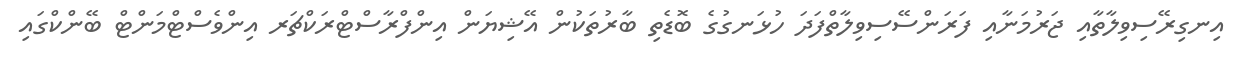
އިނގިރޭސިވިލާތާއި ޖަރުމަނާއި ފަރަންސޭސިވިލާތްފަދަ ހުޅަނގުގެ ބޮޑެތި ބާރުތަކުން އޭޝިޔަން އިންފްރާސްޓްރަކްޗަރ އިންވެސްޓްމަންޓް ބޭންކްގައި